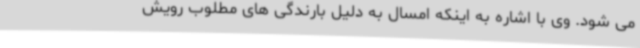
می شود. وی با اشاره به اینکه امسال به دلیل بارندگی های مطلوب رویش